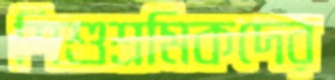
শিশুশ্রমিকদের